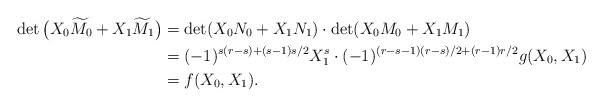
\begin{align*}\det\big( X_0 \widetilde{M}_0 + X_1 \widetilde{M}_1 \big) &= \det(X_0 N_0 + X_1 N_1) \cdot \det(X_0 M_0 + X_1 M_1) \\ &= (-1)^{s(r-s) + (s-1)s/2} X_1^{s} \cdot (-1)^{(r-s-1)(r-s)/2 + (r-1)r/2} g(X_0,X_1) \\ &= f(X_0,X_1).\end{align*}